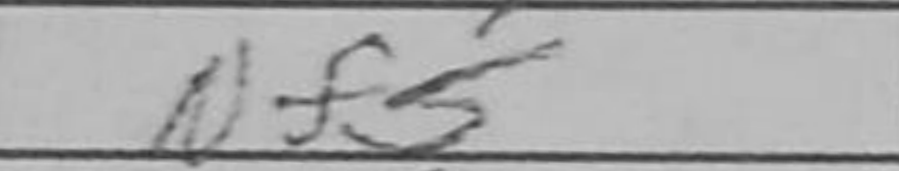
Transcription: Nf5